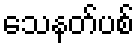
သေနတ်ပစ်